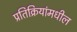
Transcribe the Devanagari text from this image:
प्रतिक्रियांमधील